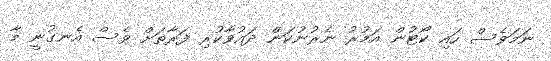
ނަމަވެސް ހައި ކޯޓުން އަމުރު ނެރުނުކަން ދައުވާކުރި ފަރާތަށް ވެސް އެނގުނީ މާ